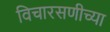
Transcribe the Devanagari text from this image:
विचारसणीच्या